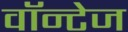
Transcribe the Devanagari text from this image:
वॉन्टेज